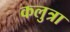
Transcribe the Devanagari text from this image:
कलुत्रा